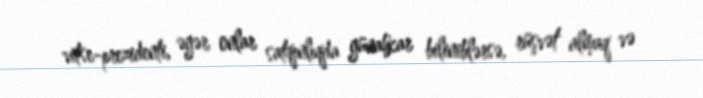
vitse-prezidenti, əgər onlar satqınlıqda günahkar biliniblərsə, rüşvət almaq və